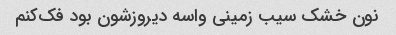
نون خشک سیب زمینی واسه دیروزشون بود فک‌کنم